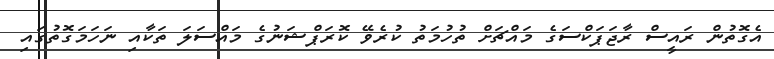
އެގޮތުން ރައީސް ރާޖަޕަކްސަގެ މައްޗަށް ތުހުމަތު ކުރެވޭ ކޮރަޕްޝަނުގެ މައްސަލަ ތަކާއި ނަހަމަގޮތުގައި